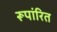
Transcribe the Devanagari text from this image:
रूपांरित